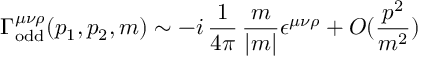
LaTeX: \Gamma _ { \mathrm { o d d } } ^ { \mu \nu \rho } ( p _ { 1 } , p _ { 2 } , m ) \sim - i \, \frac { 1 } { 4 \pi } \, \frac { m } { | m | } \epsilon ^ { \mu \nu \rho } + O ( \frac { p ^ { 2 } } { m ^ { 2 } } )